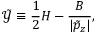
\tilde { \mathcal { Y } } \equiv \frac { 1 } { 2 } H - \frac { B } { | \tilde { p } _ { z } | } ,